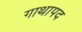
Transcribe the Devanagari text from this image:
गाथापद